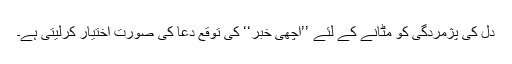
دل کی پژمردگی کو مٹانے کے لئے ’’اچھی خبر‘‘ کی توقع دُعا کی صورت اختیار کرلیتی ہے۔